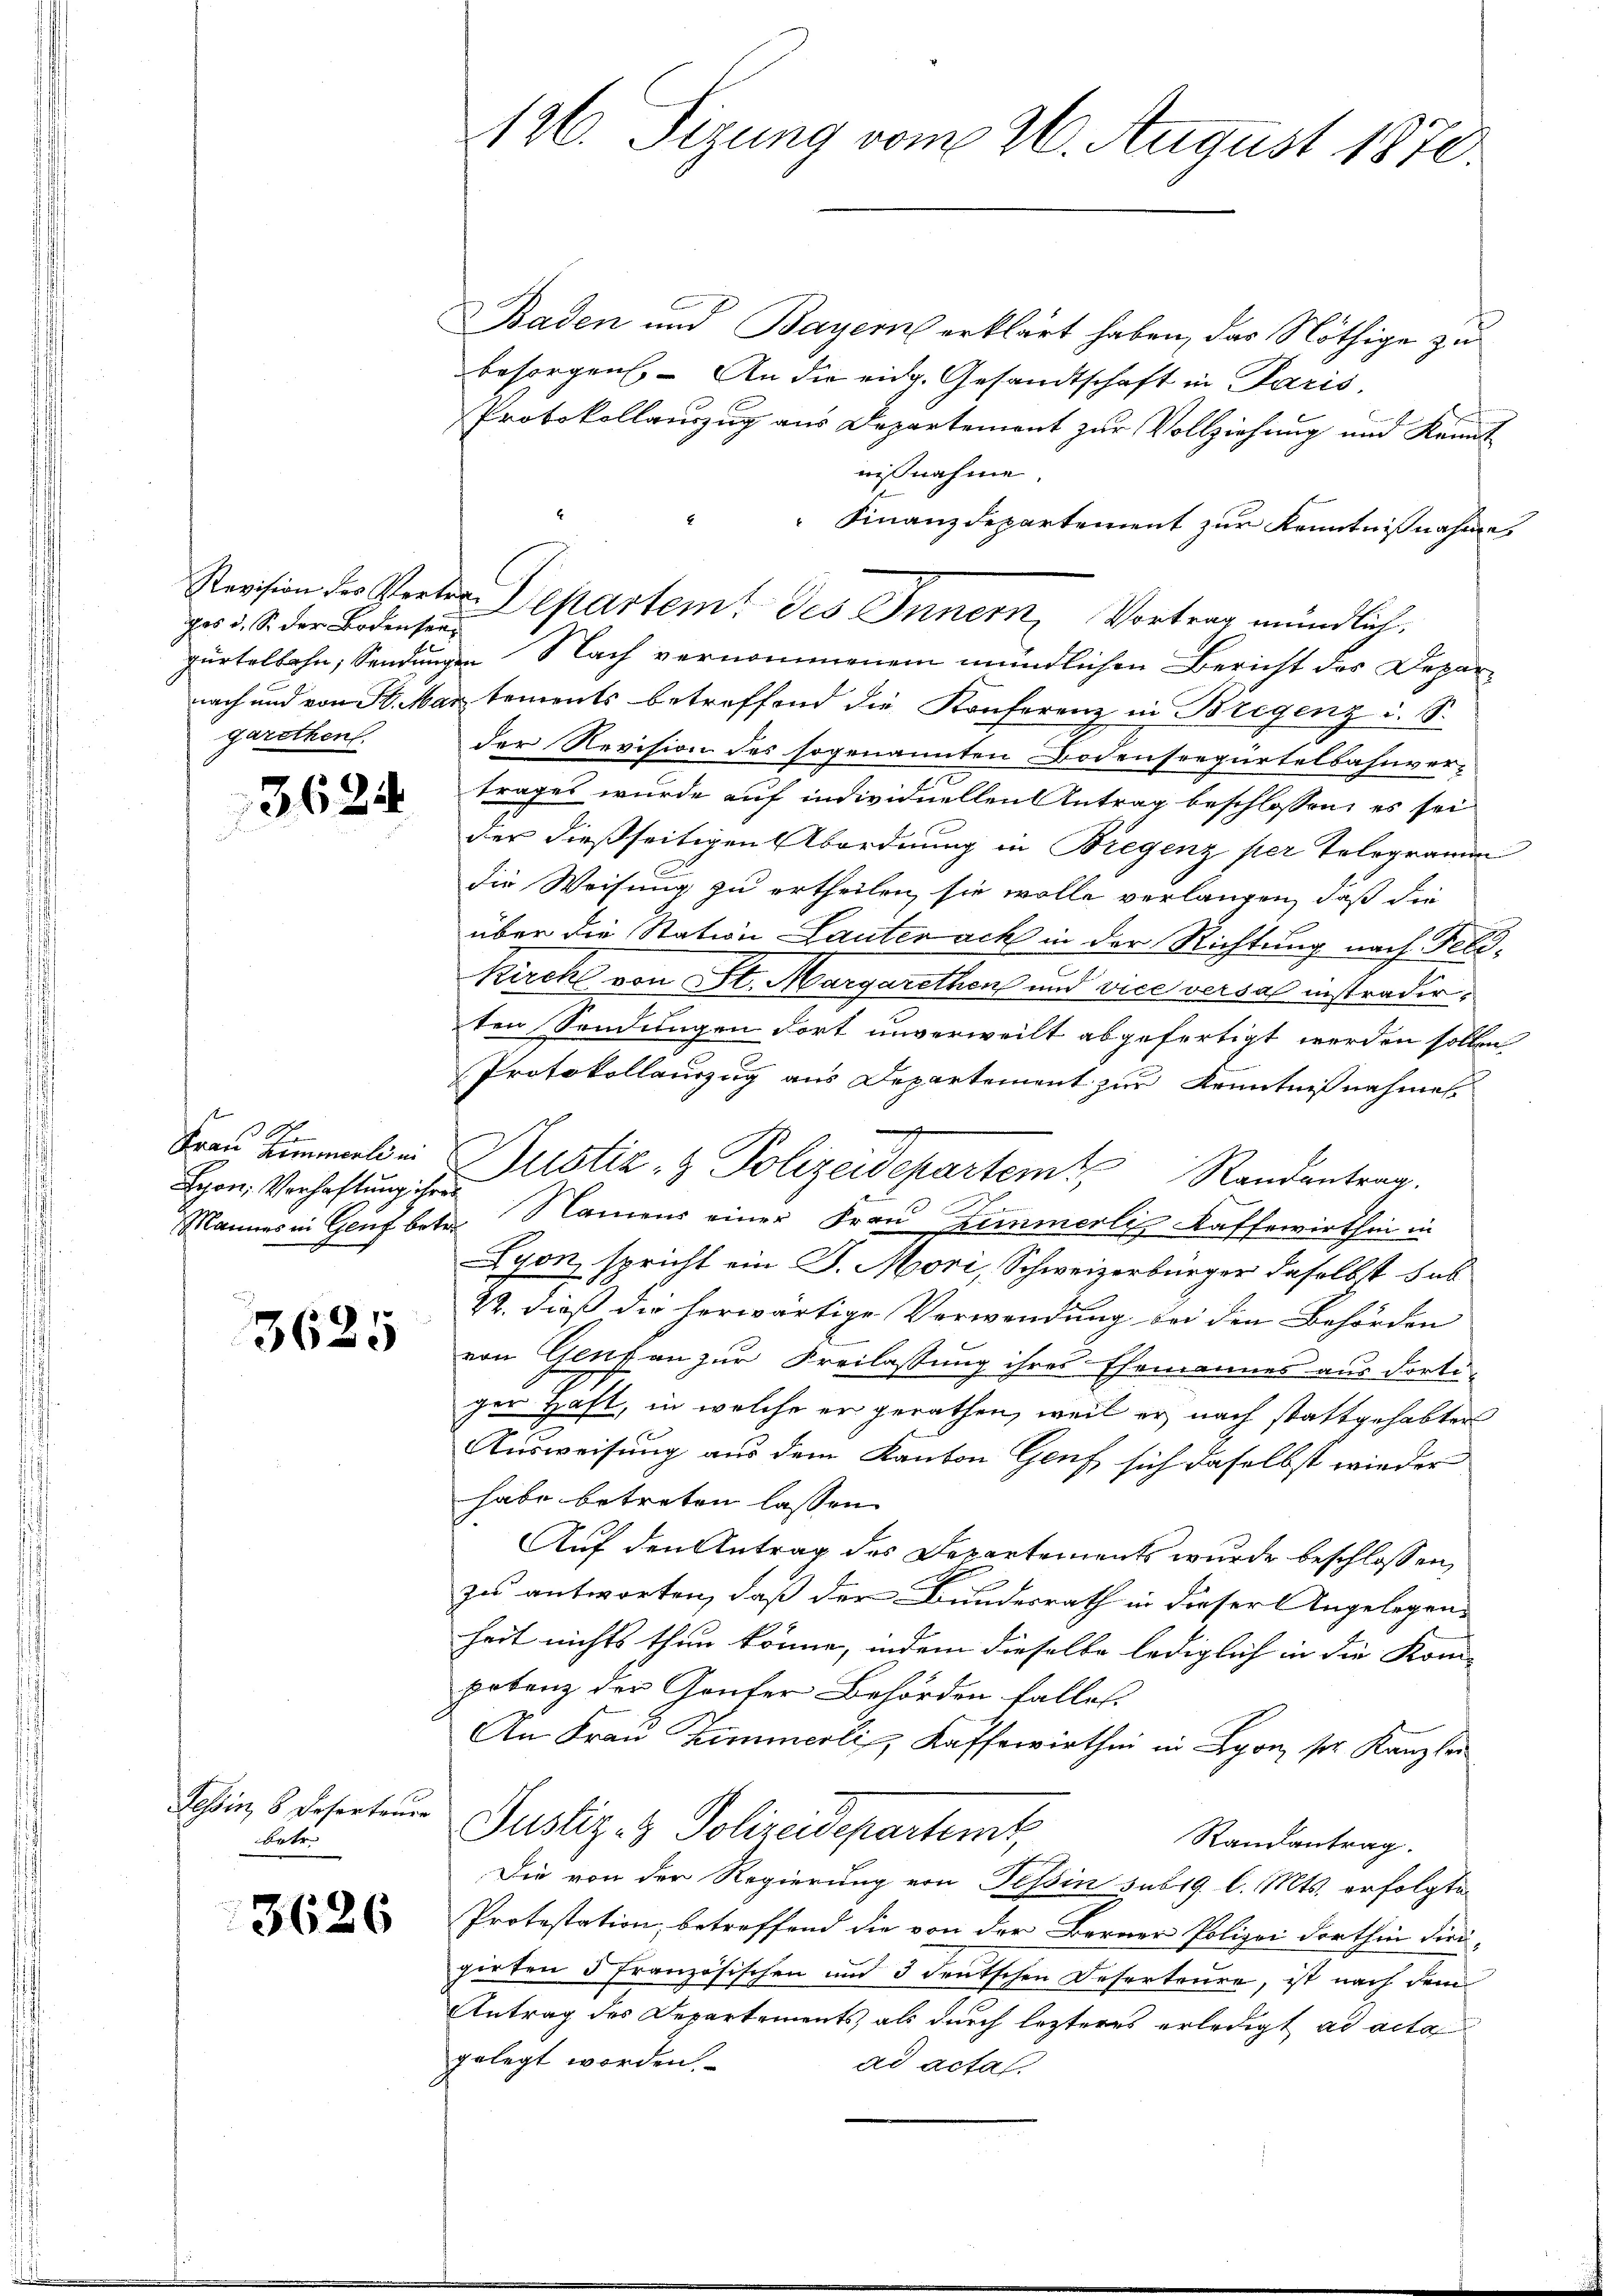
pas d. S. der Bodensei
garethen.

3624

No
Frau Zimmerli in
Syon, Verhaftung ihres

3625

Tessin, 8 Deserteure
betr.

3626

126. Sizung vom 26. August 1870.

Baden und Bayern erklärt haben, das Nöthige zu
besorgen. An die eidg. Gesandtschaft in Paris,
Protokollauszug aus Departement zur Vollziehung und Kennt
nißnahme.
" Finanzdepartement zur Kenntnißnahme
Revision des Verter Departem des Innern, Vortrag mündlich.
gürtelbahn, Sendungen Nach vernommenem mündlichen Bericht des Deparnach und von St. Martements betreffend die Konferenz in Bregenz i. S.
der Revision des sogenannten Bodensregürtelbahnver-
trages wurde auf individuellen Antrag beschlossen, es sei
der dießseitigen Abordnung in Bregenz per Telegramm
die Weisung zu ertheilen, sie wolle verlangen, daß die
über die Station Lautenach in der Richtung nach Feld¬
Kirchl von St. Margarethens und vice versah instradirten Sendungen dort unverweilt abgefertigt werden sollen.
Protokollauszug aus Departement zur Kenntnißnahmes
n
Dustiz- & Polizeidepartem Randantrag.
Mannes in Genf betr. Namens einer Frau Zimmerli Kaffewirthin in
Lyon spricht ein J. Mori, Schweizerbürger daselbst sub
22. dieß die herwärtige Verwendung bei den Behörden |
von Gentan zur Freilassung ihres Ehemannes aus dortiger Haft, in welche er gerathen, weil er nach stattgehabten
Ausweisung aus dem Kanton Genf sich daselbst wieder
habe betreten lassen
Auf den Antrag des Departements wurde beschlossen,
zes antworten, daß der Bundesrath in dieser Angelegens
heit nichts thun könne, indem dieselbe lediglich in die Kom- |
potenz der Gaufer Behörden falles.
An Frau Zimmerli, Kaffewirthin in Lyon ser Kanzler
Justiz- & Polizeidepartemt,
Randantrag.
Die von der Regierung von Tessin sub 19. l. Mts. erfolgte
Protestation, betreffend die von der Berner Polizei dorthin diri-
girten 5 Französischen und 3 deutschen Deserteure, ist nach dem
Antrag des Departements, als durch lezteres erledigt ad acta
gelegt worden.
ad actas.